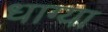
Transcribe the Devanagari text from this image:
धाग्या